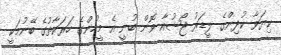
ކިޔަވާ ކުދިންގެ ލީޑަރު ޖޯޝުއާ ވޮން ބުނީ އެ މީހުންގެ ހަރަކާތުގެ ބޭނުމަކީ